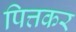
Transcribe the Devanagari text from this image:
पित्तकर